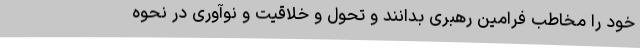
خود را مخاطب فرامین رهبری بدانند و تحول و خلاقیت و نوآوری در نحوه